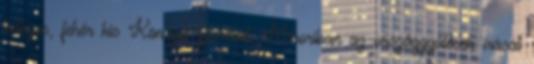
beteges, fehér kis Könczöl gyereket. Mikoriban az országgyűlések írását